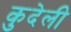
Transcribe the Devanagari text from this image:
कुदेली